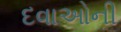
દવાઓની